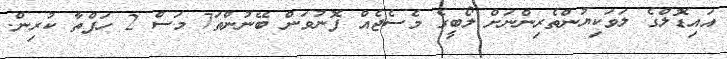
އައިޑޮލްގެ ލަވަކިޔުންތެރިންނަށް ލޯބީގެ މެސެޖެއް ފޮނުވަން ބޭނުންތަ7 މަސް 2 ހަފްތާ ކުރިން.